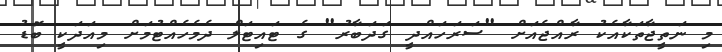
މި ނަތީޖާތަކާއެކު ރާއްޖެއަށް "ސަރަހައްދީ ގަދަބާރު" ގެ ޓައިޓަލް ދެމެހެއްޓުމަށް މިއަދަކީ ބޮޑު